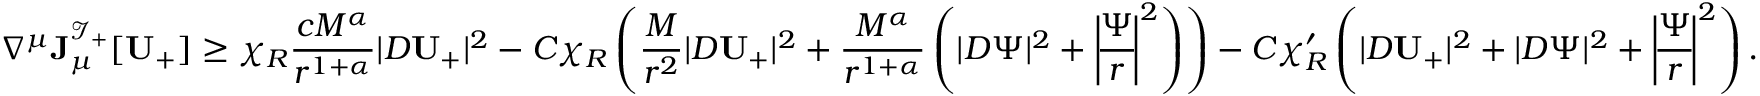
\nabla ^ { \mu } { \bf J } _ { \mu } ^ { \mathcal { I } _ { + } } [ \mathbf { U } _ { + } ] \geq \chi _ { R } \frac { c M ^ { \alpha } } { r ^ { 1 + \alpha } } | D \mathbf { U } _ { + } | ^ { 2 } - C \chi _ { R } \left( \frac { M } { r ^ { 2 } } | D \mathbf { U } _ { + } | ^ { 2 } + \frac { M ^ { \alpha } } { r ^ { 1 + \alpha } } \left( | D \Psi | ^ { 2 } + \left| \! \frac { \Psi } { r } \! \right| ^ { 2 } \right) \right) - C \chi _ { R } ^ { \prime } \left( | D \mathbf { U } _ { + } | ^ { 2 } + | D \Psi | ^ { 2 } + \left| \! \frac { \Psi } { r } \! \right| ^ { 2 } \right) .